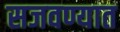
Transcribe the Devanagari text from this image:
सजवण्यात